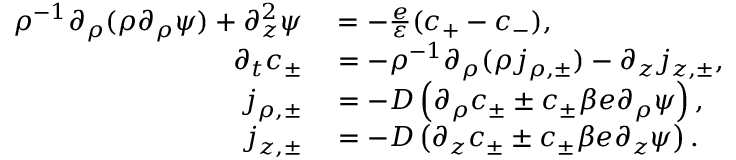
\begin{array} { r l } { \rho ^ { - 1 } \partial _ { \rho } ( \rho \partial _ { \rho } \psi ) + \partial _ { z } ^ { 2 } \psi } & { { } = - \frac { e } { \varepsilon } ( c _ { + } - c _ { - } ) , } \\ { \partial _ { t } c _ { \pm } } & { { } = - \rho ^ { - 1 } \partial _ { \rho } ( \rho j _ { \rho , \pm } ) - \partial _ { z } j _ { z , \pm } , } \\ { j _ { \rho , \pm } } & { { } = - D \left( \partial _ { \rho } c _ { \pm } \pm c _ { \pm } \beta e \partial _ { \rho } \psi \right) , } \\ { j _ { z , \pm } } & { { } = - D \left( \partial _ { z } c _ { \pm } \pm c _ { \pm } \beta e \partial _ { z } \psi \right) . } \end{array}